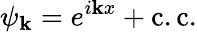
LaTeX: \psi_{\mathbf{k}}=e^{i\mathbf{k}x}+\mathrm{{c.c.}}